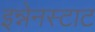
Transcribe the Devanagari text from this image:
इन्नेनस्टाट